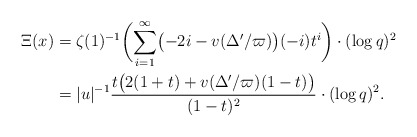
\begin{align*} \Xi(x) &= \zeta(1)^{-1} \biggl(\sum_{i=1}^\infty \bigl(-2i-v(\Delta'/\varpi)\bigr)(-i)t^i\biggr)\cdot (\log q)^2 \\ &= |u|^{-1} \frac{t \bigl(2 (1+ t) + v(\Delta'/\varpi)(1- t)\bigr)}{(1 - t)^2}\cdot (\log q)^2.\end{align*}